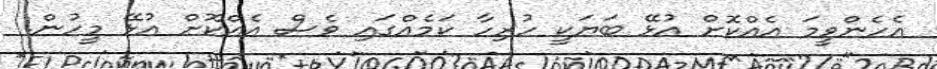
އެހެންވީމަ އެއްކޮށް އުޅޭ ބަޔަކީ ހުރިހާ ކަމެއްގައި ވެސް އެއްކޮށް އުޅޭ މީހުން.